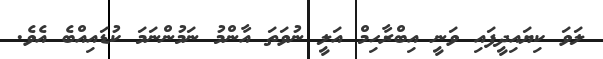
ލަވަ ކިޔައިދީފައި ވަނީ އިބްރާހިމް އަލީ ނުވަތަ އާންމު ނަމުންނަމަ ކުޑައިއްބެ އެވެ.